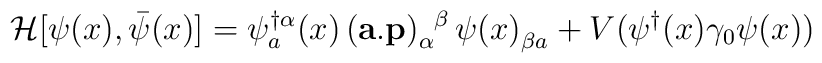
\mathcal{H}[\psi (x),\bar{\psi} (x)]=\psi^{\dag\alpha}_{a}(x)\ \!(\mathbf{a}.\mathbf{p})^{\phantom{\alpha}\beta}_{\alpha}\ \!\psi(x)^{\phantom{\beta}}_{\beta a} + V(\psi^{\dag}(x)\gamma_{0}\psi(x))